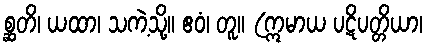
စ္ဆတိ၊ ယထာ၊ သကဲ့သို့။ ဧဝံ၊ တူ။ (ဣမာယ ပဋိပတ္တိယာ၊